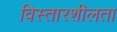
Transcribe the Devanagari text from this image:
विस्तारशीलता